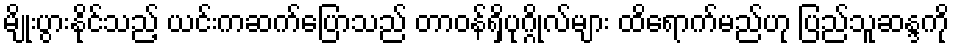
မျိုးပွားနိုင်သည့် ယင်းကဆက်ပြောသည် တာ၀န်ရှိပုဂ္ဂိုလ်များ ထိရောက်မည်ဟု ပြည်သူဆန္ဒကို